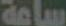
ساعة